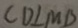
C D \bot M B